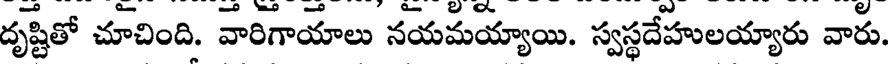
దృష్టితో చూచింది. వారిగాయాలు నయమయ్యాయి. స్వస్థదేహులయ్యారు వారు.